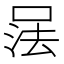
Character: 𰇹